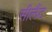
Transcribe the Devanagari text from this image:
सीलैंट